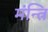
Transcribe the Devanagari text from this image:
मंन्त्रि